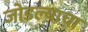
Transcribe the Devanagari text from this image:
जोडल्याचा